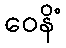
ဝေနိံ